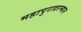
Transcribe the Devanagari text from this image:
महापुरादरम्यान